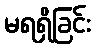
မရရှိခြင်း